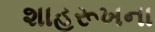
શાહરૂખના